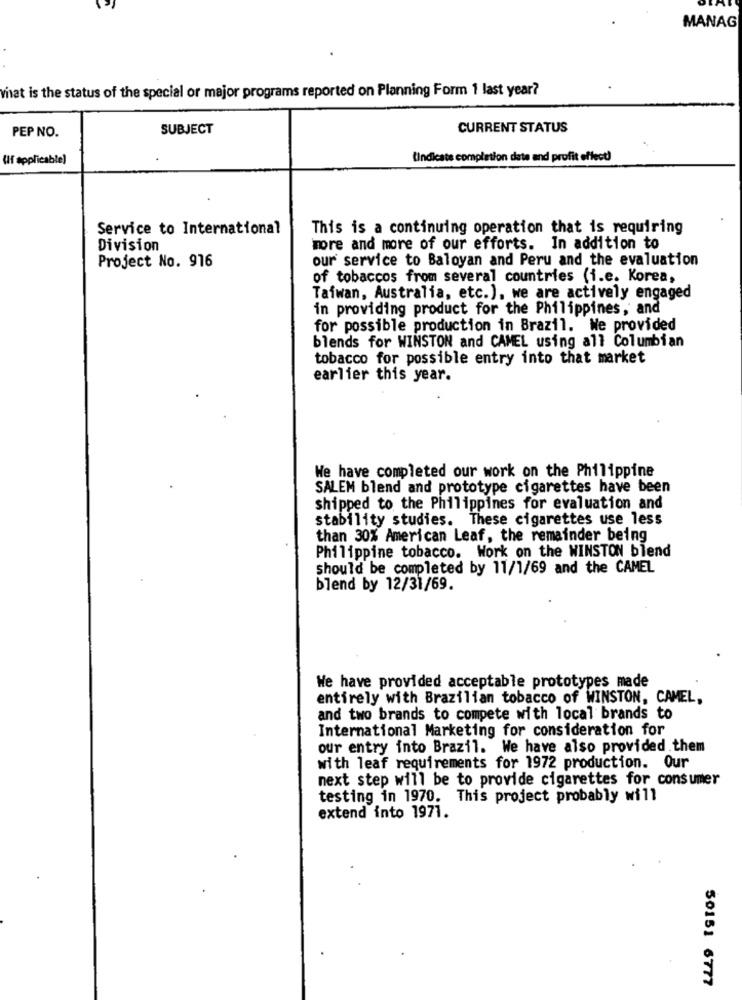
MANAG
what is the status of the special or major programs reported on Planning Form 1 last year?
PEP NO.
SUBJECT
CURRENT STATUS
(If applicable)
(Indicate completion date and profit effect)
Service to International
This is a continuing operation that is requiring
Division
more and more of our efforts. In addition to
Project No. 916
our service to Baloyan and Peru and the evaluation
of tobaccos from several countries (i.e. Korea,
Taiwan, Australia, etc.), we are actively engaged
in providing product for the Philippines, and
for possible production in Brazil. We provided
blends for WINSTON and CAMEL using all Columbian
tobacco for possible entry into that market
earlier this year.
We have completed our work on the Philippine
SALEM blend and prototype cigarettes have been
shipped to the Philippines for evaluation and
stability studies. These cigarettes use less
than 30% American Leaf, the remainder being
Philippine tobacco. Work on the WINSTON blend
should be completed by 11/1/69 and the CAMEL
blend by 12/31/69.
We have provided acceptable prototypes made
entirely with Brazilian tobacco of WINSTON, CAMEL,
and two brands to compete with local brands to
International Marketing for consideration for
our entry into Brazil. We have also provided them
with leaf requirements for 1972 production. Our
next step will be to provide cigarettes for consumer
testing in 1970. This project probably will
extend into 1971.
50151 6777